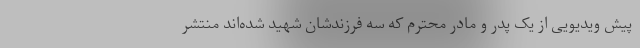
پیش ویدیویی از یک پدر و مادر محترم که سه فرزندشان شهید شده‌اند منتشر